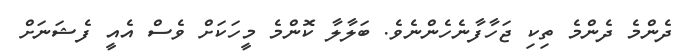
ދެންމެ ދެންމެ ތިކި ޖަހާފާނެހެންނެވެ. ބަލާލާ ކޮންމެ މީހަކަށް ވެސް އެއީ ފެޝަނަށް